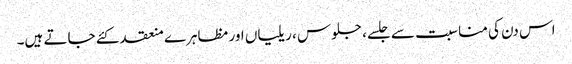
اس دن کی مناسبت سے جلسے، جلوس ، ریلیاں اور مظاہرے منعقد کئے جاتے ہیں۔